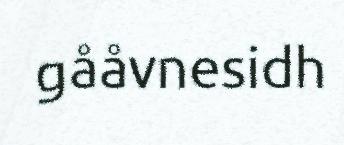
gååvnesidh